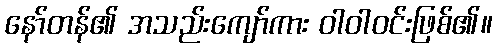
နော်တန်၏ အသည်းကျော်ကား ဝါဝါဝင်းဖြစ်၏။